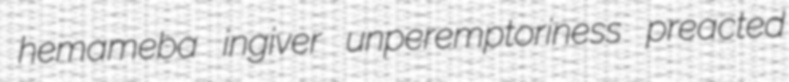
hemameba ingiver unperemptoriness preacted